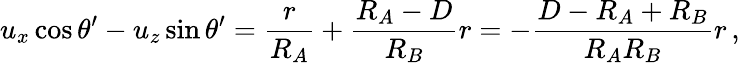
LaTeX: u_{x}\cos\theta^{\prime}-u_{z}\sin\theta^{\prime}={\frac{r}{R_{A}}}+{\frac{R_{A}-D}{R_{B}}}r=-{\frac{D-R_{A}+R_{B}}{R_{A}R_{B}}}r\, ,